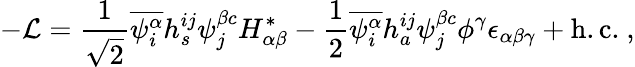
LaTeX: -{\cal L}={\frac{1}{\sqrt{2}}}\overline{{{\psi_{i}^{\alpha}}}}h_{s}^{ij}\psi_{j}^{\beta c}H_{\alpha\beta}^{*}-{\frac{1}{2}}\overline{{{\psi_{i}^{\alpha}}}}h_{a}^{ij}\psi_{j}^{\beta c}\phi^{\gamma}\epsilon_{\alpha\beta\gamma}+\mathrm{h.c.}\ ,